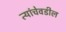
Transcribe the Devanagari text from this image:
त्यांचेवडील